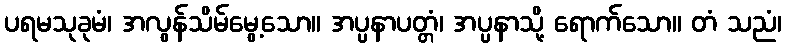
ပရမသုခုမံ၊ အလွန်သိမ်မွေ့သော။ အပ္ပနာပတ္တံ၊ အပ္ပနာသို့ ရောက်သော။ တံ သညံ၊